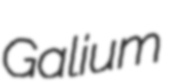
Galium